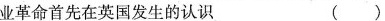
业革命首先在英国发生的认识